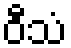
ဝီသံ